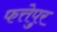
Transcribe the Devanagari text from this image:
फत्तेपुर